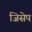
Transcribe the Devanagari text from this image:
जिसेप